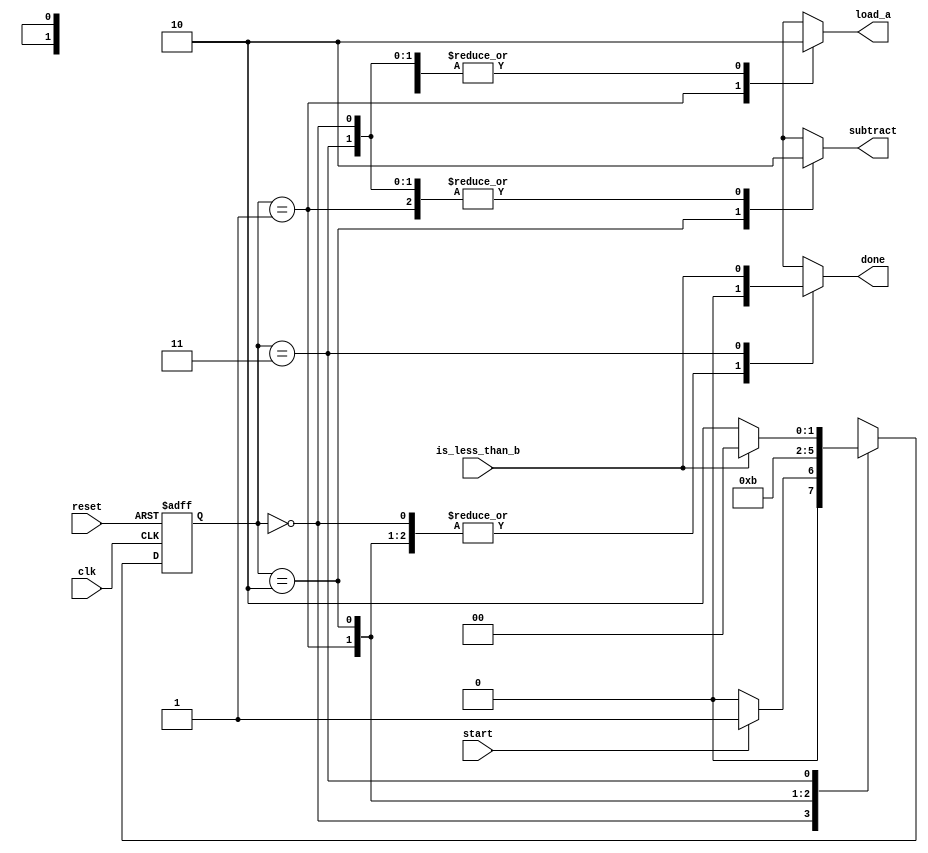
module mod_cu(
    input clk,
    input reset,
    input start,
    input is_less_than_b, // Flag from the datapath indicating TEMP < B
    output reg load_a,    // Signal to load A into TEMP
    output reg subtract,  // Signal to perform subtraction TEMP = TEMP - B
    output reg done       // Signal indicating the modulus operation is complete
);

// Define the states
localparam IDLE = 2'b00, LOAD = 2'b01, SUBTRACT = 2'b10, CHECK = 2'b11;
reg [1:0] state, next_state;

// State transition logic
always @(posedge clk or posedge reset) begin
  if (reset) 
		state <= IDLE;
  else 
		state <= next_state;
end

// Next state logic
always @(*) begin
  case (state)
		IDLE: // When idle, if 'start' is asserted, move to LOAD state
			 next_state = start ? LOAD : IDLE;

		LOAD: // After loading, move to SUBTRACT state to perform subtraction
			 next_state = SUBTRACT;

		SUBTRACT: // After subtraction, move to CHECK state
			 next_state = CHECK;

		CHECK: // If result is less than B, we are done, otherwise subtract again
			 next_state = is_less_than_b ? IDLE : SUBTRACT;

		default: // Default case to handle undefined states
			 next_state = IDLE;
  endcase
end

// Output logic based on current state
always @(*) begin
  // Default outputs
  load_a = 1'b0;
  subtract = 1'b0;
  done = 1'b0;

  case (state)
		IDLE: begin
			 // In IDLE state, we're not done yet
			 done = 1'b0;
		end
		LOAD: begin
			 // In LOAD state, signal to load A into TEMP
			 load_a = 1'b1;
		end
		SUBTRACT: begin
			 // In SUBTRACT state, signal to perform subtraction
			 subtract = 1'b1;
		end
		CHECK: begin
			 // In CHECK state, if result is less than B, signal that we're done
			 done = is_less_than_b;
		end
  endcase
end

endmodule